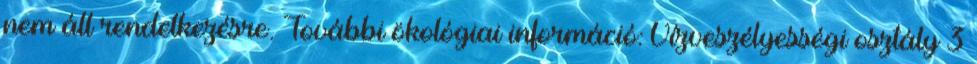
nem áll rendelkezésre. További ökológiai információ: Vízveszélyességi osztály 3